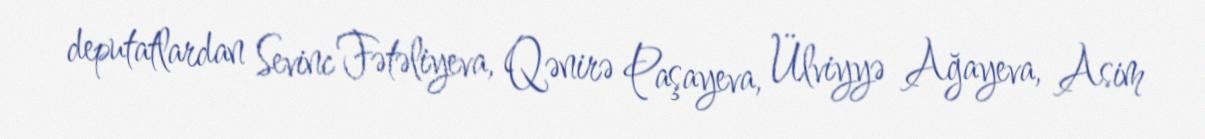
deputatlardan Sevinc Fətəliyeva, Qənirə Paşayeva, Ülviyyə Ağayeva, Asim